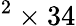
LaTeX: ^2\times 34